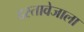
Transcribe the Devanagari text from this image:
दस्तावेजाला